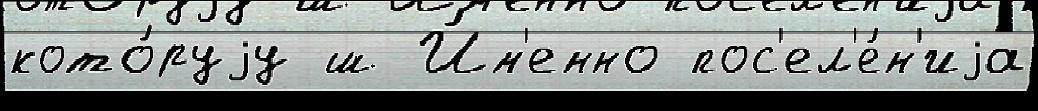
кото́руjу ш И́м'енно пос'ел'е́н'иjа